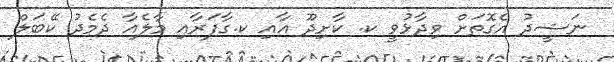
ނަޝީދު އެގޮތަށް ވިދާޅުވީ ކ. ކާށިދޫ އާއި ކ.ގާފަރާއި މާލެއާ ދެމެދު ކޭބަލް